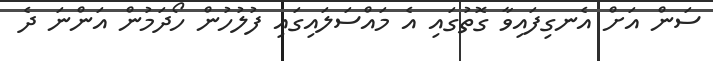
ސަން އަށް އެނގިފައިވާ ގޮތުގައި އެ މައްސަލައިގައި ފުލުހުން ހޯދަމުން އަންނަ ދެ